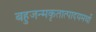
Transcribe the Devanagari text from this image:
बहुजन्मकृतात्पादयमर्थो